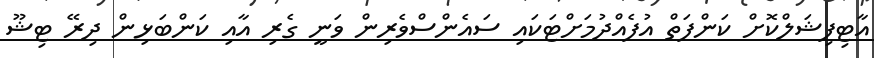
އާޓިފިޝަލްކޮށް ކަންފަތް އުފެއްދުމަށްޓަކައި ސައެންސްވެރިން ވަނީ ގެރި އާއި ކަންބަޅިން ދިރޭ ޓިޝޫ